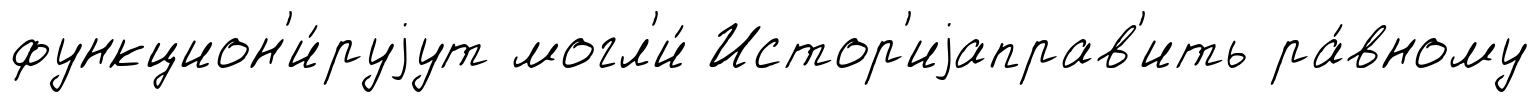
функцион'и́руjут могл'и́ Истор'иjаправ'ить ра́вному